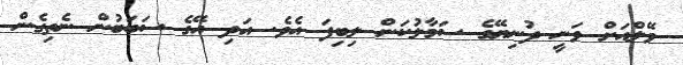
ވޭލްއަށް ވަނީ ދުނިޔޭގެ ސަމާލުކަން ލިބިފަ އެވެ. އަދި އޭގެ ސަބަބުން ނެތިގެން